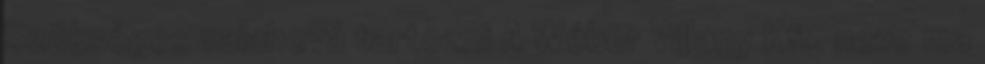
Szükséges valahová tartozni A Wéber Villany Kft. neve ma